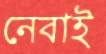
নেবাই